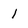
Character: l